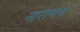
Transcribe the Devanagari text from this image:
नाराणय